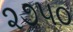
૨૭૫૦